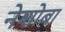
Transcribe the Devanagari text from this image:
नेशोबा